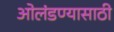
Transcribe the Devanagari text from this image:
ओलंडण्यासाठी